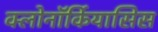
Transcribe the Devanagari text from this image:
क्लोनॉर्कियासिस